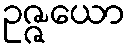
ဥဇ္ဇယော